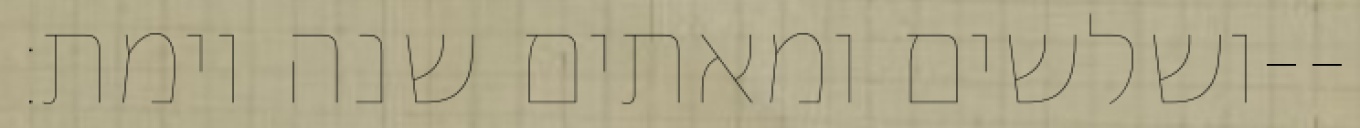
ושלשים ומאתים שנה וימת׃--